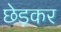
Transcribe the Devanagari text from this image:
छेड़कर